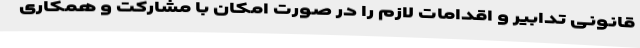
قانونی تدابیر و اقدامات لازم را در صورت امکان با مشارکت و همکاری